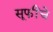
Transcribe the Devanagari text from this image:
सूफींचे